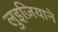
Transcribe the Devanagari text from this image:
लुइज़ियाने